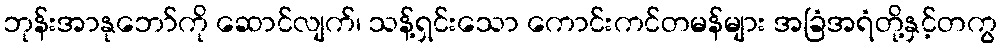
ဘုန်းအာနုဘော်ကို ဆောင်လျက်၊ သန့်ရှင်းသော ကောင်းကင်တမန်များ အခြံအရံတို့နှင့်တကွ